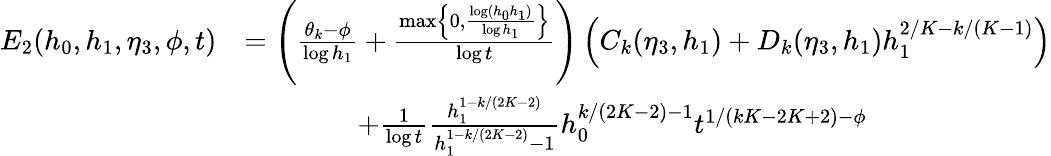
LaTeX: \begin{array}{rl}{E_{2}(h_{0},h_{1},\eta_{3},\phi,t)}&{=\left(\frac{\theta_{k}-\phi}{\log h_{1}}+\frac{\operatorname*{max}\left\{ 0,\frac{\log(h_{0}h_{1})}{\log h_{1}}\right\} }{\log t}\right)\left(C_{k}(\eta_{3},h_{1})+D_{k}(\eta_{3},h_{1})h_{1}^{2/K-k/(K-1)}\right)}\\ &{\qquad\qquad+\frac{1}{\log t}\frac{h_{1}^{1-k/(2K-2)}}{h_{1}^{1-k/(2K-2)}-1}h_{0}^{k/(2K-2)-1}t^{1/(kK-2K+2)-\phi}}\end{array}